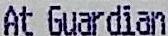
AT GUARDIAN